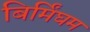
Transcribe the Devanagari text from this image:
बिर्मिंघम